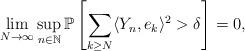
LaTeX: \begin{align*} \lim_{N\to\infty}\sup_{n\in\mathbb N} \mathbb P\left[\sum_{k\geq N} \langle Y_n, e_k\rangle^2>\delta\right] = 0,\end{align*}